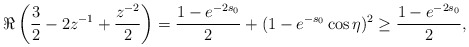
\begin{align*} \Re \left( \frac{3}{2} - 2z^{-1} + \frac{z^{-2}}{2} \right) = \frac{1-e^{-2s_0}}{2} + (1-e^{-s_0}\cos\eta)^2 \geq \frac{1-e^{-2s_0}}{2}, \end{align*}